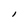
Character: l